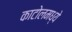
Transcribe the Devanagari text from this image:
काटोलमध्ये